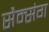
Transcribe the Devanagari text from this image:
सैम्संग